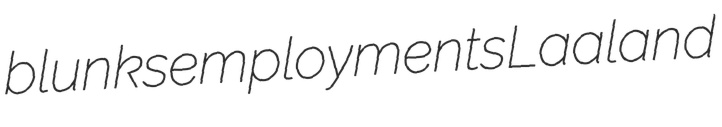
blunks employments Laaland